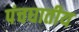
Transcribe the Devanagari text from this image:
पंचघातीय